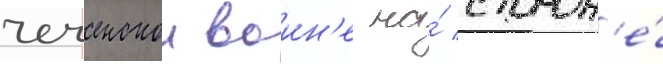
чеченскои воин'е на́ сторон'е́